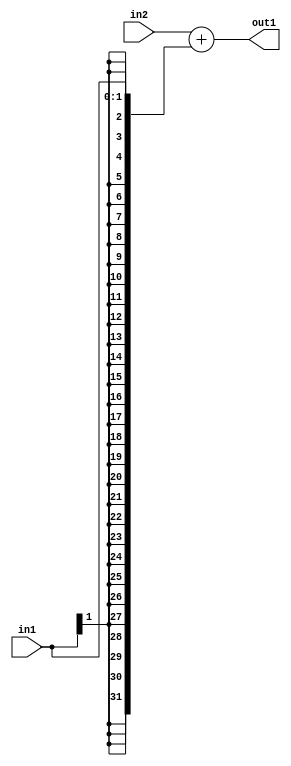
`timescale 1ps / 1ps
/*****************************************************************************
    Verilog RTL Description
    
    
    Created by: Stratus DpOpt 2019.1.01 
*******************************************************************************/

module DC_Filter_Add_32Sx2S_32S_4 (
	in2,
	in1,
	out1
	); /* architecture "behavioural" */ 
input [31:0] in2;
input [1:0] in1;
output [31:0] out1;
wire [31:0] asc001;

assign asc001 = 
	+(in2)
	+({{30{in1[1]}}, in1});

assign out1 = asc001;
endmodule

/* CADENCE  ubL1Sws= : u9/ySgnWtBlWxVPRXgAZ4Og= ** DO NOT EDIT THIS LINE ******/